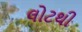
લોટથી